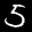
Label: 5